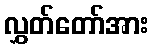
လွှတ်တော်အား